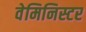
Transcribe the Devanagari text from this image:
वेमिनिस्टर